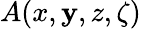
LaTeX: A(x,\mathbf{y},z,\zeta)